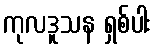
ကုလဒူသန ရှစ်ပါး